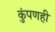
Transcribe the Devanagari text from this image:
कुंपणही